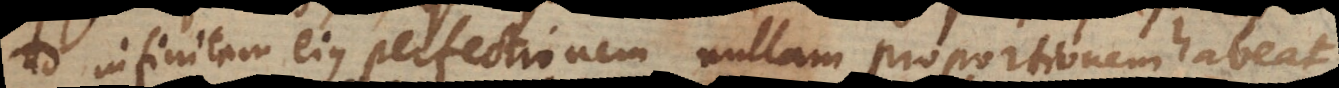
ad infinitam ejus perfectionem nullam proportionem habeat,